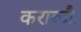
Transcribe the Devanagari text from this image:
कराब्जैः